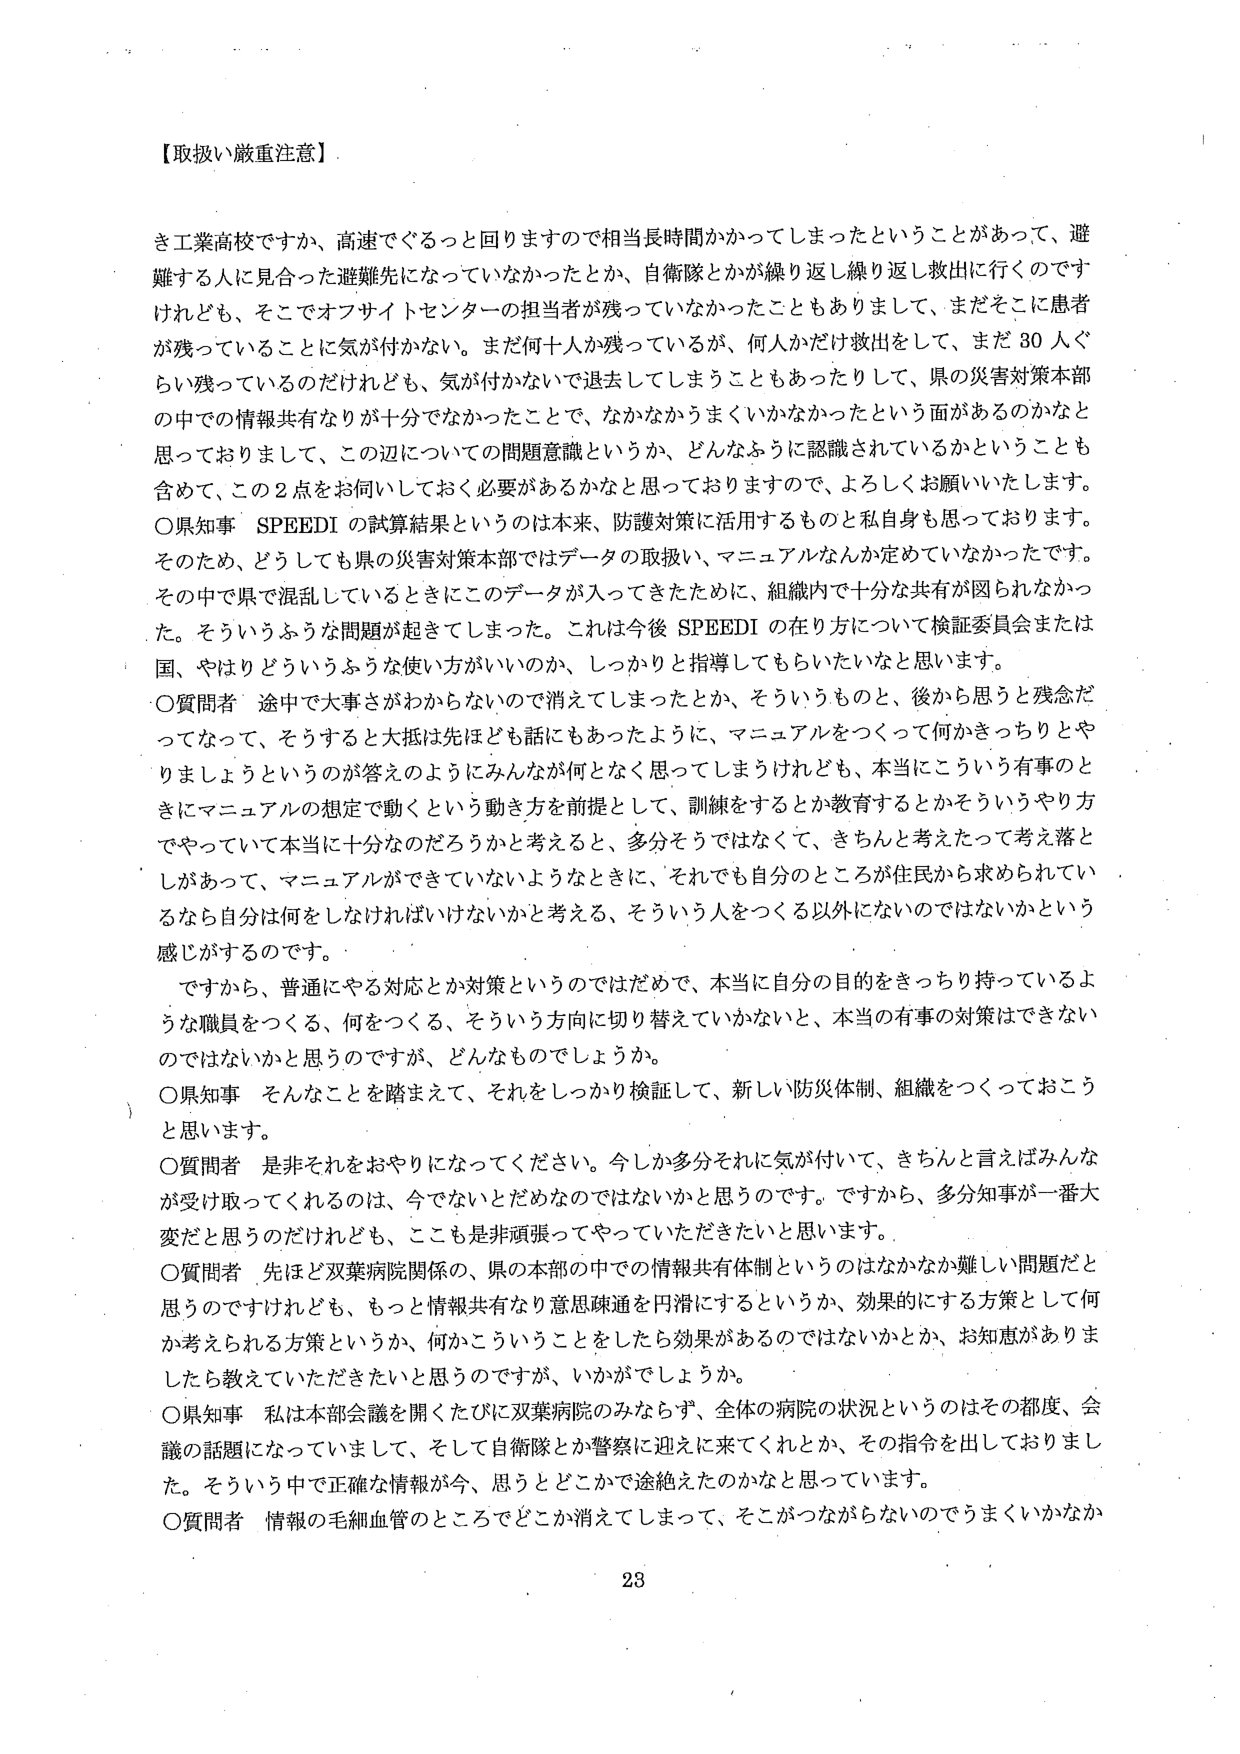
【取扱い厳重注意】

き工業高校ですか、高速でぐるっと回りますので相当長時間かかってしまったということがあって、避難する人に見合った避難先になっていなかったとか、自衛隊とかが繰り返し繰り返し救出に行くのですけれども、そこでオフサイトセンターの担当者が残っていなかったこともありまして、まだそこに患者が残っていることに気が付かない。まだ何十人か残っているが、何人かだけ救出をして、まだ30人ぐらい残っているのだけれども、気が付かないで退去してしまうこともあったりして、県の災害対策本部の中での情報共有なりが十分でなかったことで、なかなかうまくいかなかったという面があるのかなと思っておりまして、この辺についての問題意識というか、どんなふうに認識されているかということも含めて、この2点をお伺いしておく必要があるかなと思っておりますので、よろしくお願いいたします。

○県知事　SPEEDIの試算結果というのは本来、防護対策に活用するものと私自身も思っております。そのため、どうしても県の災害対策本部ではデータの取扱い、マニュアルなんか定めていなかったです。その中で県で混乱しているときにこのデータが入ってきたために、組織内で十分な共有が図られなかった。そういうふうな問題が起きてしまった。これは今後SPEEDIの在り方について検証委員会または国、やはりどういうふうな使い方がいいのか、しっかり指導してもらいたいなと思います。

○質問者　途中で大事さがわからないので消えてしまったとか、そういうものと、後から思うと残念だってなって、そうすると大抵は先ほども話にもあったように、マニュアルをつくって何かきっちりとやりましょうというのが答えのようにみんなが何となく思ってしまうけれども、本当にこういう有事のときにマニュアルの想定で動くという動きを前提として、訓練をするとか教育するとかそういうやり方でやっていて本当に十分なのだろうかと考えると、多分そうではなくて、きちんと考えたって考え落としがあって、マニュアルができていないようなときに、それでも自分のところが住民から求められているなら自分は何をしなければいけないかと考える、そういう人をつくる以外にはないのではないかという感じがするのです。

ですから、普通にやる対応とか対策というのではだめで、本当に自分の目的をきっちり持っているような職員をつくる、何をつくる、そういう方向に切り替えていかないと、本当の有事の対策はできないのではないかと思うのですが、どんなものでしょうか。

○県知事　そんなことを踏まえて、それをしっかり検証して、新しい防災体制、組織をつくっておこうと思います。

○質問者　是非それをおやりになってください。今しか多分それに気が付いて、きちんと言えばみんなが受け取ってくれるのは、今でないとだめなのではないかと思うのです。ですから、多分知事が一番大変だと思うのだけれども、ここも是非頑張ってやっていただきたいと思います。

○質問者　先ほど双葉病院関係の、県の本部の中での情報共有体制というのはなかなか難しい問題だと思うのですけれども、もっと情報共有なり意思疎通を円滑にするというか、効果的にする方策として何か考えられる方策というか、何かこういうことをしたら効果があるのではないかとか、お知恵がありましたら教えていただきたいと思うのですが、いかがでしょうか。

○県知事　私は本部会議を開くたびに双葉病院のみならず、全体の病院の状況というのはその都度、会議の話題になっていまして、そして自衛隊とか警察に迎えに来てくれとか、その指令を出しております。そういう中で正確な情報が今、思うとどこかで途絶えたのかなと思っています。

○質問者　情報の毛細血管のところでどこか消えてしまって、そこがつながらないのでうまくいかなか

23